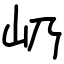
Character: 屷